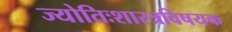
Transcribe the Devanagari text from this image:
ज्योतिःशास्त्रविषयक